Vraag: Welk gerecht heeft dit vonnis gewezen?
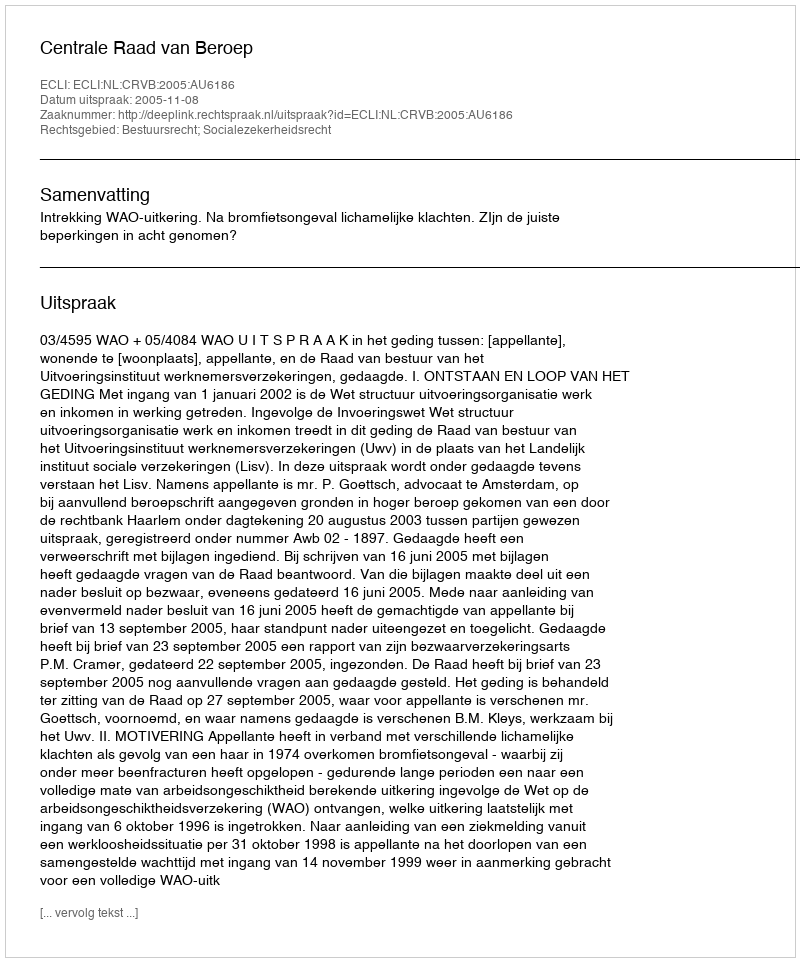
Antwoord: Centrale Raad van Beroep